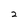
Character: 2